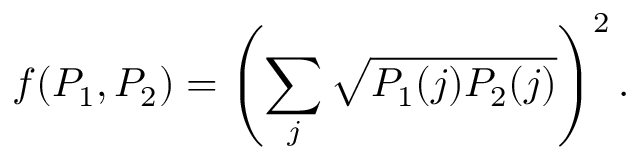
f ( P _ { 1 } , P _ { 2 } ) = \left( \sum _ { j } \sqrt { P _ { 1 } ( j ) P _ { 2 } ( j ) } \right) ^ { 2 } .